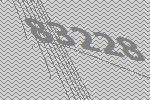
83228